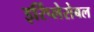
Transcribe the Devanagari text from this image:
इर्रिप्लेसेबल